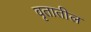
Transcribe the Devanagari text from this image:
वृतातील